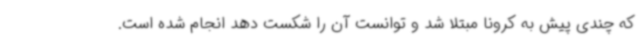
که چندی پیش به کرونا مبتلا شد و توانست آن را شکست دهد انجام شده است.